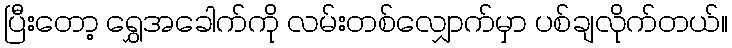
ပြီးတော့ ရွှေအခေါက်ကို လမ်းတစ်လျှောက်မှာ ပစ်ချလိုက်တယ်။